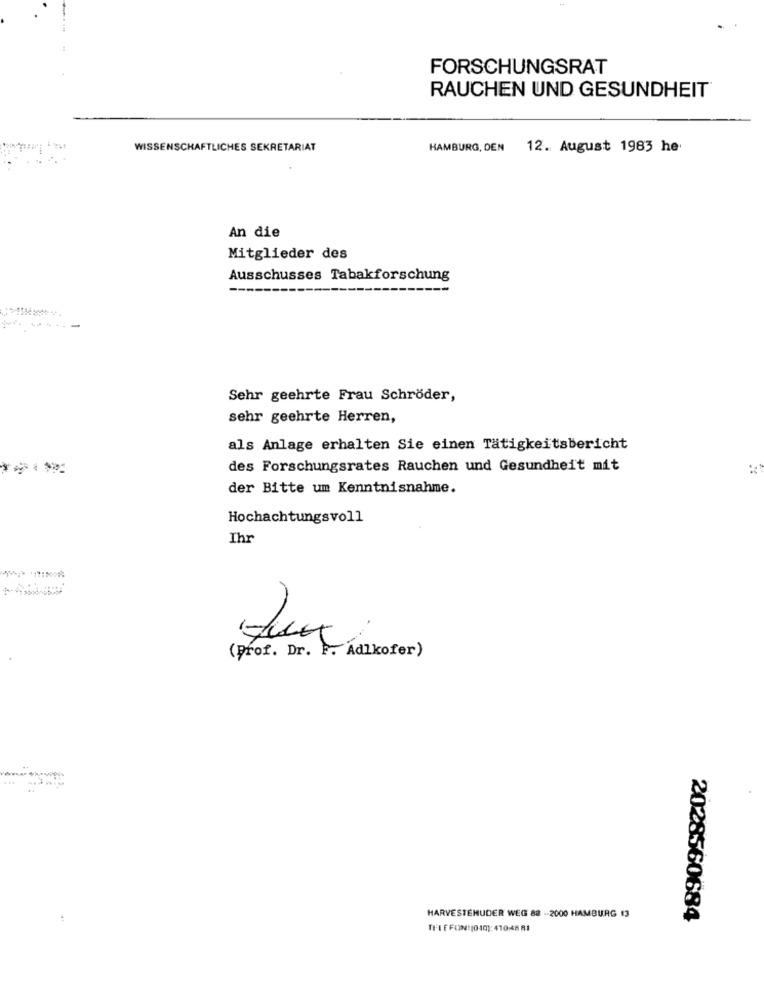
FORSCHUNGSRAT
RAUCHEN UND GESUNDHEIT®
WISSENSCHAFTLICHES SEKRETARIAT
HAMBURG, DEN
12. August 1983 he
An die
Mitglieder des
Ausschusses Tabakforschung
Sehr geehrte Frau Schröder,
sehr geehrte Herren,
als Anlage erhalten Sie einen Tätigkeitsbericht
des Forschungsrates Rauchen und Gesundheit mit
der Bitte um Kenntnisnahme.
Hochachtungsvoll
Ihr
(Prof. Dr. F. Aal
(Gult (kofer)
......
HARVESTEHUDER WEG 88 -2000 HAMBURG 13
2028560684